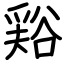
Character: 𧮾